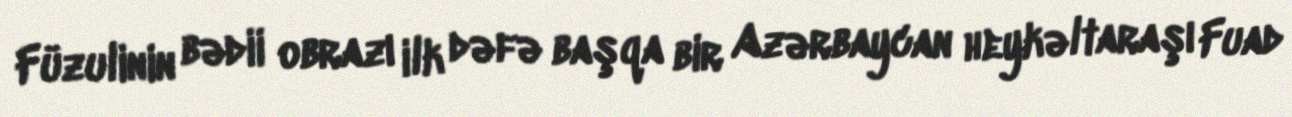
Füzulinin bədii obrazı ilk dəfə başqa bir Azərbaycan heykəltaraşı Fuad